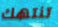
تنتهك